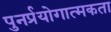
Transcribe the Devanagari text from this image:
पुनर्प्रयोगात्मकता